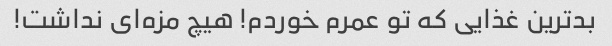
بدترین غذایی که تو عمرم خوردم! هیچ مزه‌ای نداشت!